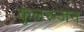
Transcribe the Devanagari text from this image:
कुलरन्जन